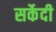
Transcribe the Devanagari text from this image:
सर्केदी